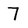
Character: 7